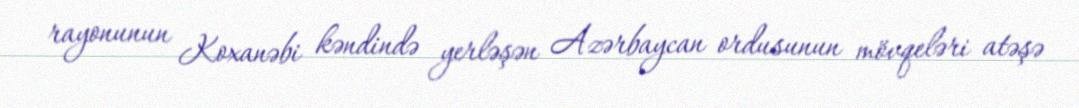
rayonunun Koxanəbi kəndində yerləşən Azərbaycan ordusunun mövqeləri atəşə